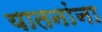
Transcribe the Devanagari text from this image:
यातनांना